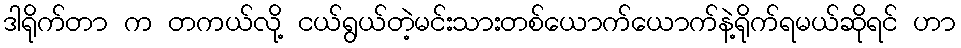
ဒါရိုက်တာ က တကယ်လို့ ငယ်ရွယ်တဲ့မင်းသားတစ်ယောက်ယောက်နဲ့ရိုက်ရမယ်ဆိုရင် ဟာ